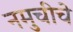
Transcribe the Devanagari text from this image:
नमुचीचे